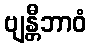
ဗျန္တီဘာဝံ